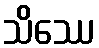
သိဿေ